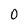
Character: 0